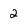
Character: 2